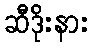
ဆီဒိုးနား